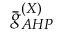
\bar { g } _ { A H P } ^ { ( X ) }